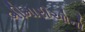
બીમારીઓનો